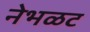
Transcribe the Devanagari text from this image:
नेभळट